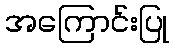
အကြောင်းပြု